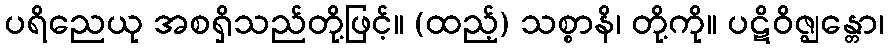
ပရိညေယု အစရှိသည်တို့ဖြင့်။ (ထည့်) သစ္စာနိ၊ တို့ကို။ ပဋိဝိဇ္ဈန္တော၊